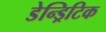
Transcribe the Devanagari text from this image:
डेन्ड्रिटिक